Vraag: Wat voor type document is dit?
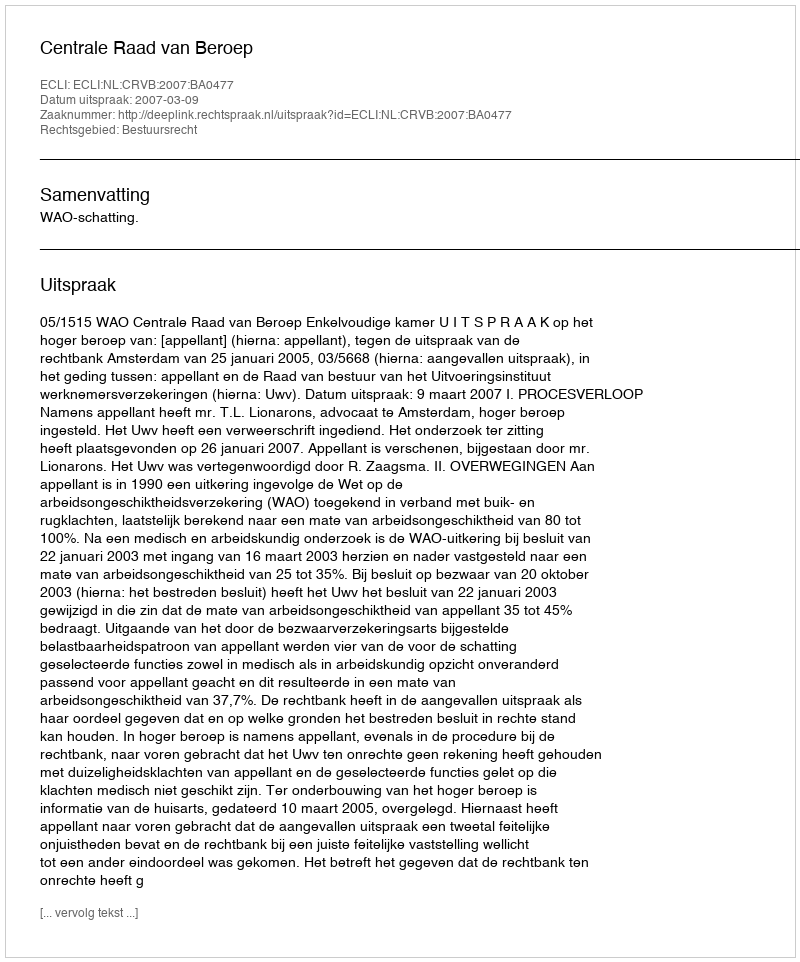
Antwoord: Uitspraak